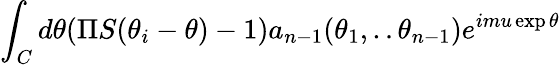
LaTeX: \int_{C}d\theta(\Pi S(\theta_{i}-\theta)-1)a_{n-1}(\theta_{1},..\theta_{n-1})e^{imu\exp\theta}